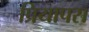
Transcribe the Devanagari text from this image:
प्रियापस